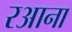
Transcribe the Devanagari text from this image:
रआना